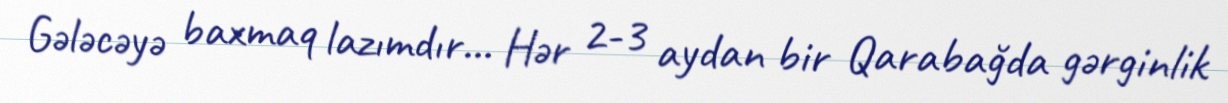
Gələcəyə baxmaq lazımdır... Hər 2-3 aydan bir Qarabağda gərginlik